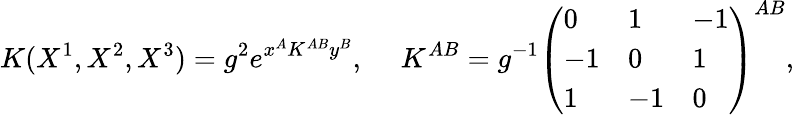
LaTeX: K(X^{1},X^{2},X^{3})=g^{2}e^{x^{A}K^{AB}y^{B}},\ \ \ \ \ K^{AB}=g^{-1}\left(\begin{array}{lll}{{0}}&{{1}}&{{-1}}\\ {{-1}}&{{0}}&{{1}}\\ {{1}}&{{-1}}&{{0}}\end{array}\right)^{AB},